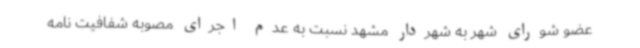
عضو شورای شهر به شهردار مشهد نسبت به عدم اجرای مصوبه شفافیت نامه